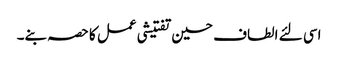
اسی لئے الطاف حسین تفتیشی عمل کا حصہ بنے۔